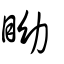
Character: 眑